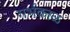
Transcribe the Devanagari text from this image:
गर्भकाळ